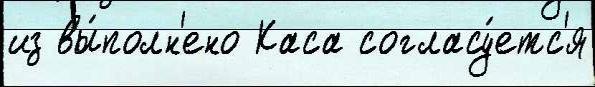
из вы́полн'ено Каса согласу́етс'я